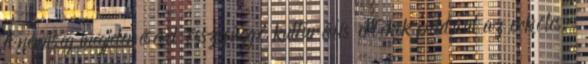
A nemiség megjelenésével összefüggő kulturális értékek például az erkölcs,